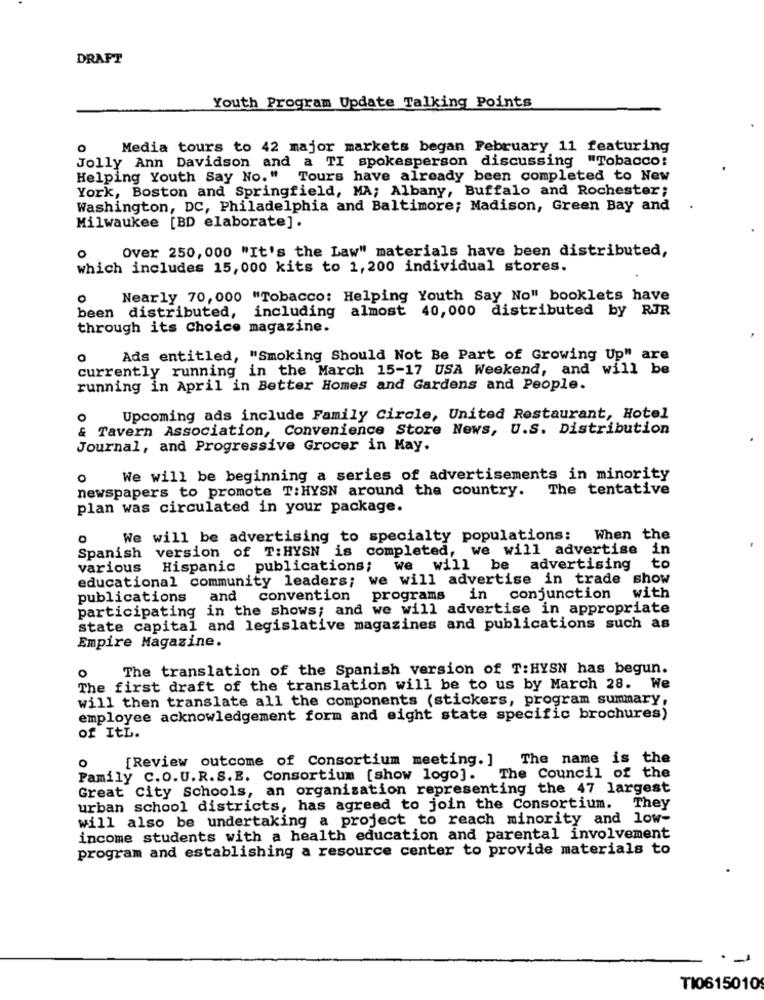
DRAFT
Youth Program Update Talking Points
0
Media tours to 42 major markets began February 11 featuring
Jolly Ann Davidson and a TI spokesperson discussing "Tobacco:
Helping Youth Say No." Tours have already been completed to New
York, Boston and Springfield, MA; Albany, Buffalo and Rochester;
Washington, DC, Philadelphia and Baltimore; Madison, Green Bay and
Milwaukee [BD elaborate].
Over 250, 000 "It's the Law" materials have been distributed,
0
which includes 15, 000 kits to 1, 200 individual stores.
Nearly 70, 000 "Tobacco: Helping Youth Say No" booklets have
been distributed, including almost 40,000 distributed by RJR
through its Choice magazine.
0 Ads entitled, "Smoking Should Not Be Part of Growing Up" are
currently running in the March 15-17 USA Weekend, and will be
running in April in Better Homes and Gardens and People.
O
Upcoming ads include Family Circle, United Restaurant, Hotel
& Tavern Association, Convenience Store News, U.S. Distribution
Journal, and Progressive Grocer in May.
0
We will be beginning a series of advertisements in minority
newspapers to promote T:HYSN around the country. The tentative
plan was circulated in your package.
We will be advertising to specialty populations: When the
Spanish version of T:HYSN is completed, we will advertise in
to
various
Hispanic publications; we will be advertising
educational community leaders; we will advertise in trade show
publications
and
convention programs
in conjunction with
participating in the shows; and we will advertise in appropriate
state capital and legislative magazines and publications such as
Empire Magazine.
The translation of the Spanish version of T:HYSN has begun.
The first draft of the translation will be to us by March 28. We
will then translate all the components (stickers, program summary,
employee acknowledgement form and eight state specific brochures)
of ItL.
o [Review outcome of Consortium meeting. ]
The name is the
Family C.O.U.R. S.E. Consortium [show logo]. The Council of the
Great City Schools, an organization representing the 47 largest
urban school districts, has agreed to join the Consortium. They
will also be undertaking a project to reach minority and low-
income students with a health education and parental involvement
program and establishing a resource center to provide materials to
TI0615010